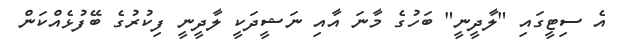
އެ ސިޓީގައި "ލާދީނީ" ބަހުގެ މާނަ އާއި ނަޝީދަކީ ލާދީނީ ފިކުރުގެ ބޭފުޅެއްކަން